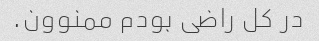
در کل راضی بودم ممنوون.